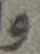
و